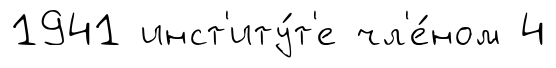
1941 инст'иту́т'е чл'е́ном 4